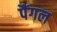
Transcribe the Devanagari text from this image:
पैंगल